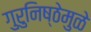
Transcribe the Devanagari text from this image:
गुरुनिष्ठेमुळे